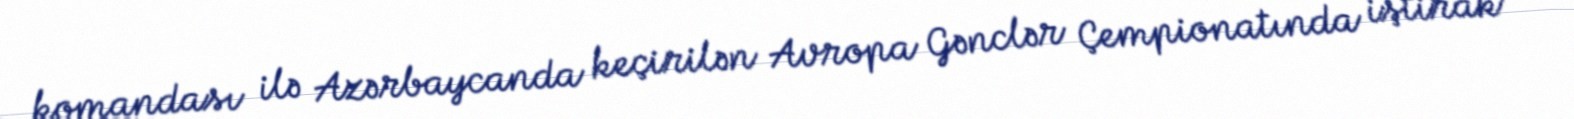
komandası ilə Azərbaycanda keçirilən Avropa Gənclər Çempionatında iştirak